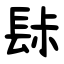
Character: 䦊